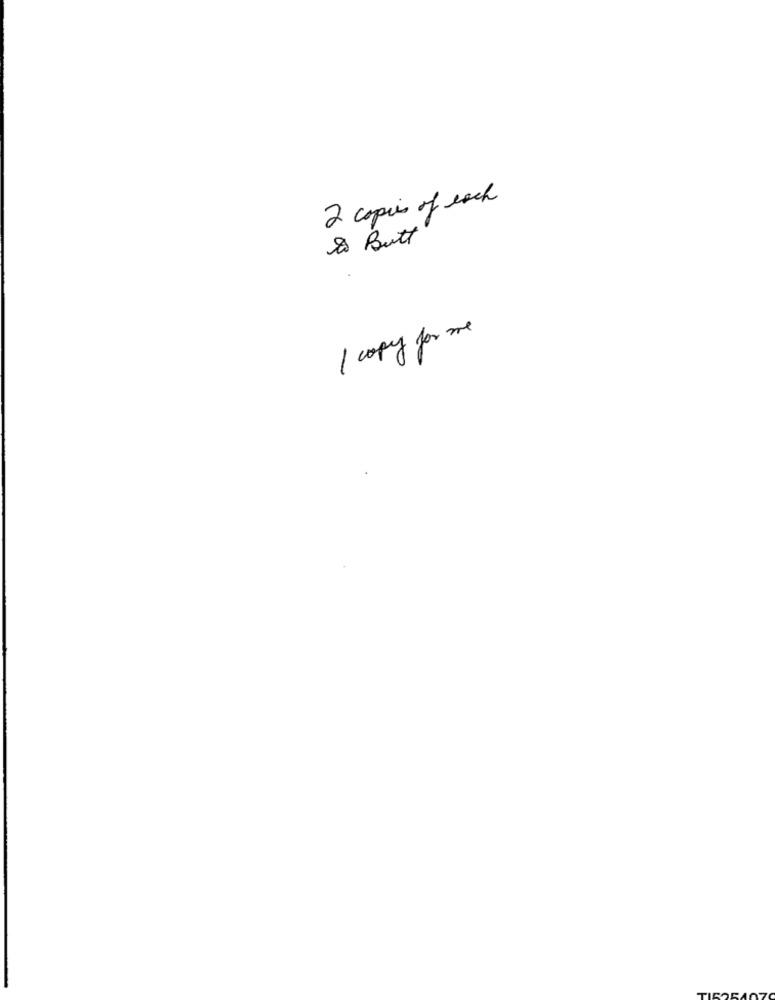
2 copies of each
& Butt
1 copy for me